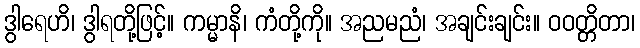
ဒွါရေဟိ၊ ဒွါရတို့ဖြင့်။ ကမ္မာနိ၊ ကံတို့ကို။ အညမညံ၊ အချင်းချင်း။ ဝဝတ္တိတာ၊